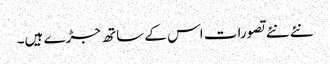
نئے نئے تصورات اس کے ساتھ جڑے ہیں۔